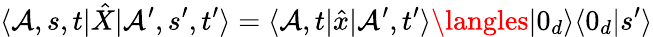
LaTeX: \langle\mathcal{A},s,t|\hat{{X}}|\mathcal{A}^{\prime},s^{\prime},t^{\prime}\rangle=\langle\mathcal{A},t|\hat{{x}}|\mathcal{A}^{\prime},t^{\prime}\rangle\langles|0_{d}\rangle\langle0_{d}|s^{\prime}\rangle